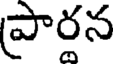
ప్రారన